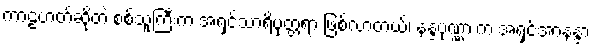
ကာဠဟတ်ဆိုတဲ့ စစ်သူကြီးက အရှင်သာရိပုတ္တရာ ဖြစ်လာတယ်၊ နန္ဒပုဏ္ဏားက အရှင်အာနန္ဒာ